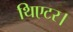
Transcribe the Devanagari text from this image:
थिएटर।